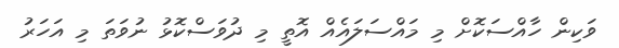
ވަކިން ހާއްސަކޮށް މި މައްސަލައެއް އޮތީ މި ދުވަސްކޮޅު ނުވަތަ މި އަހަރު